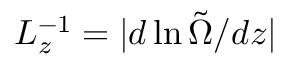
L _ { z } ^ { - 1 } = | d \ln \tilde { \Omega } / d z |